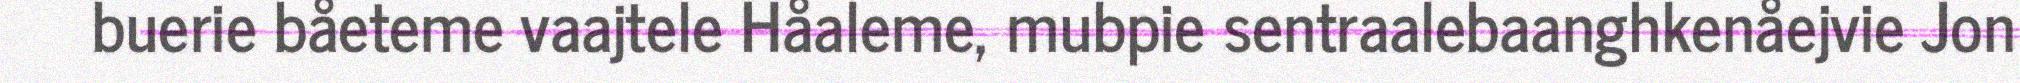
buerie båeteme vaajtele Håaleme, mubpie sentraalebaanghkenåejvie Jon